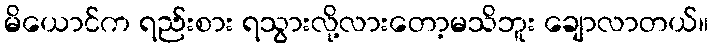
မိယောင်က ရည်းစား ရသွားလို့လားတော့မသိဘူး ချောလာတယ်။